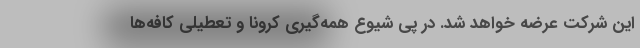
این شرکت عرضه خواهد شد. در پی شیوع همه‌گیری کرونا و تعطیلی کافه‌ها